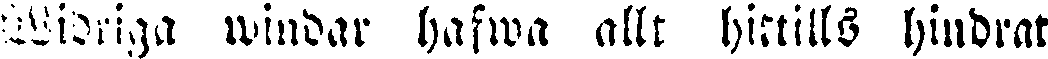
Widriga windar hafwa allt hittills hindrat